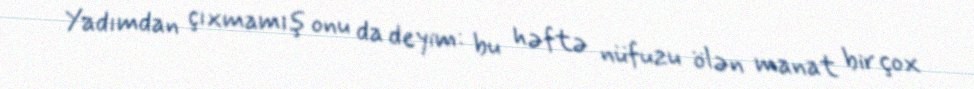
Yadımdan çıxmamış onu da deyim: bu həftə nüfuzu ölən manat bir çox